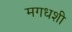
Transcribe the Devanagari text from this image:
मगधशी